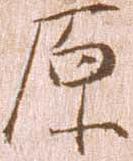
原